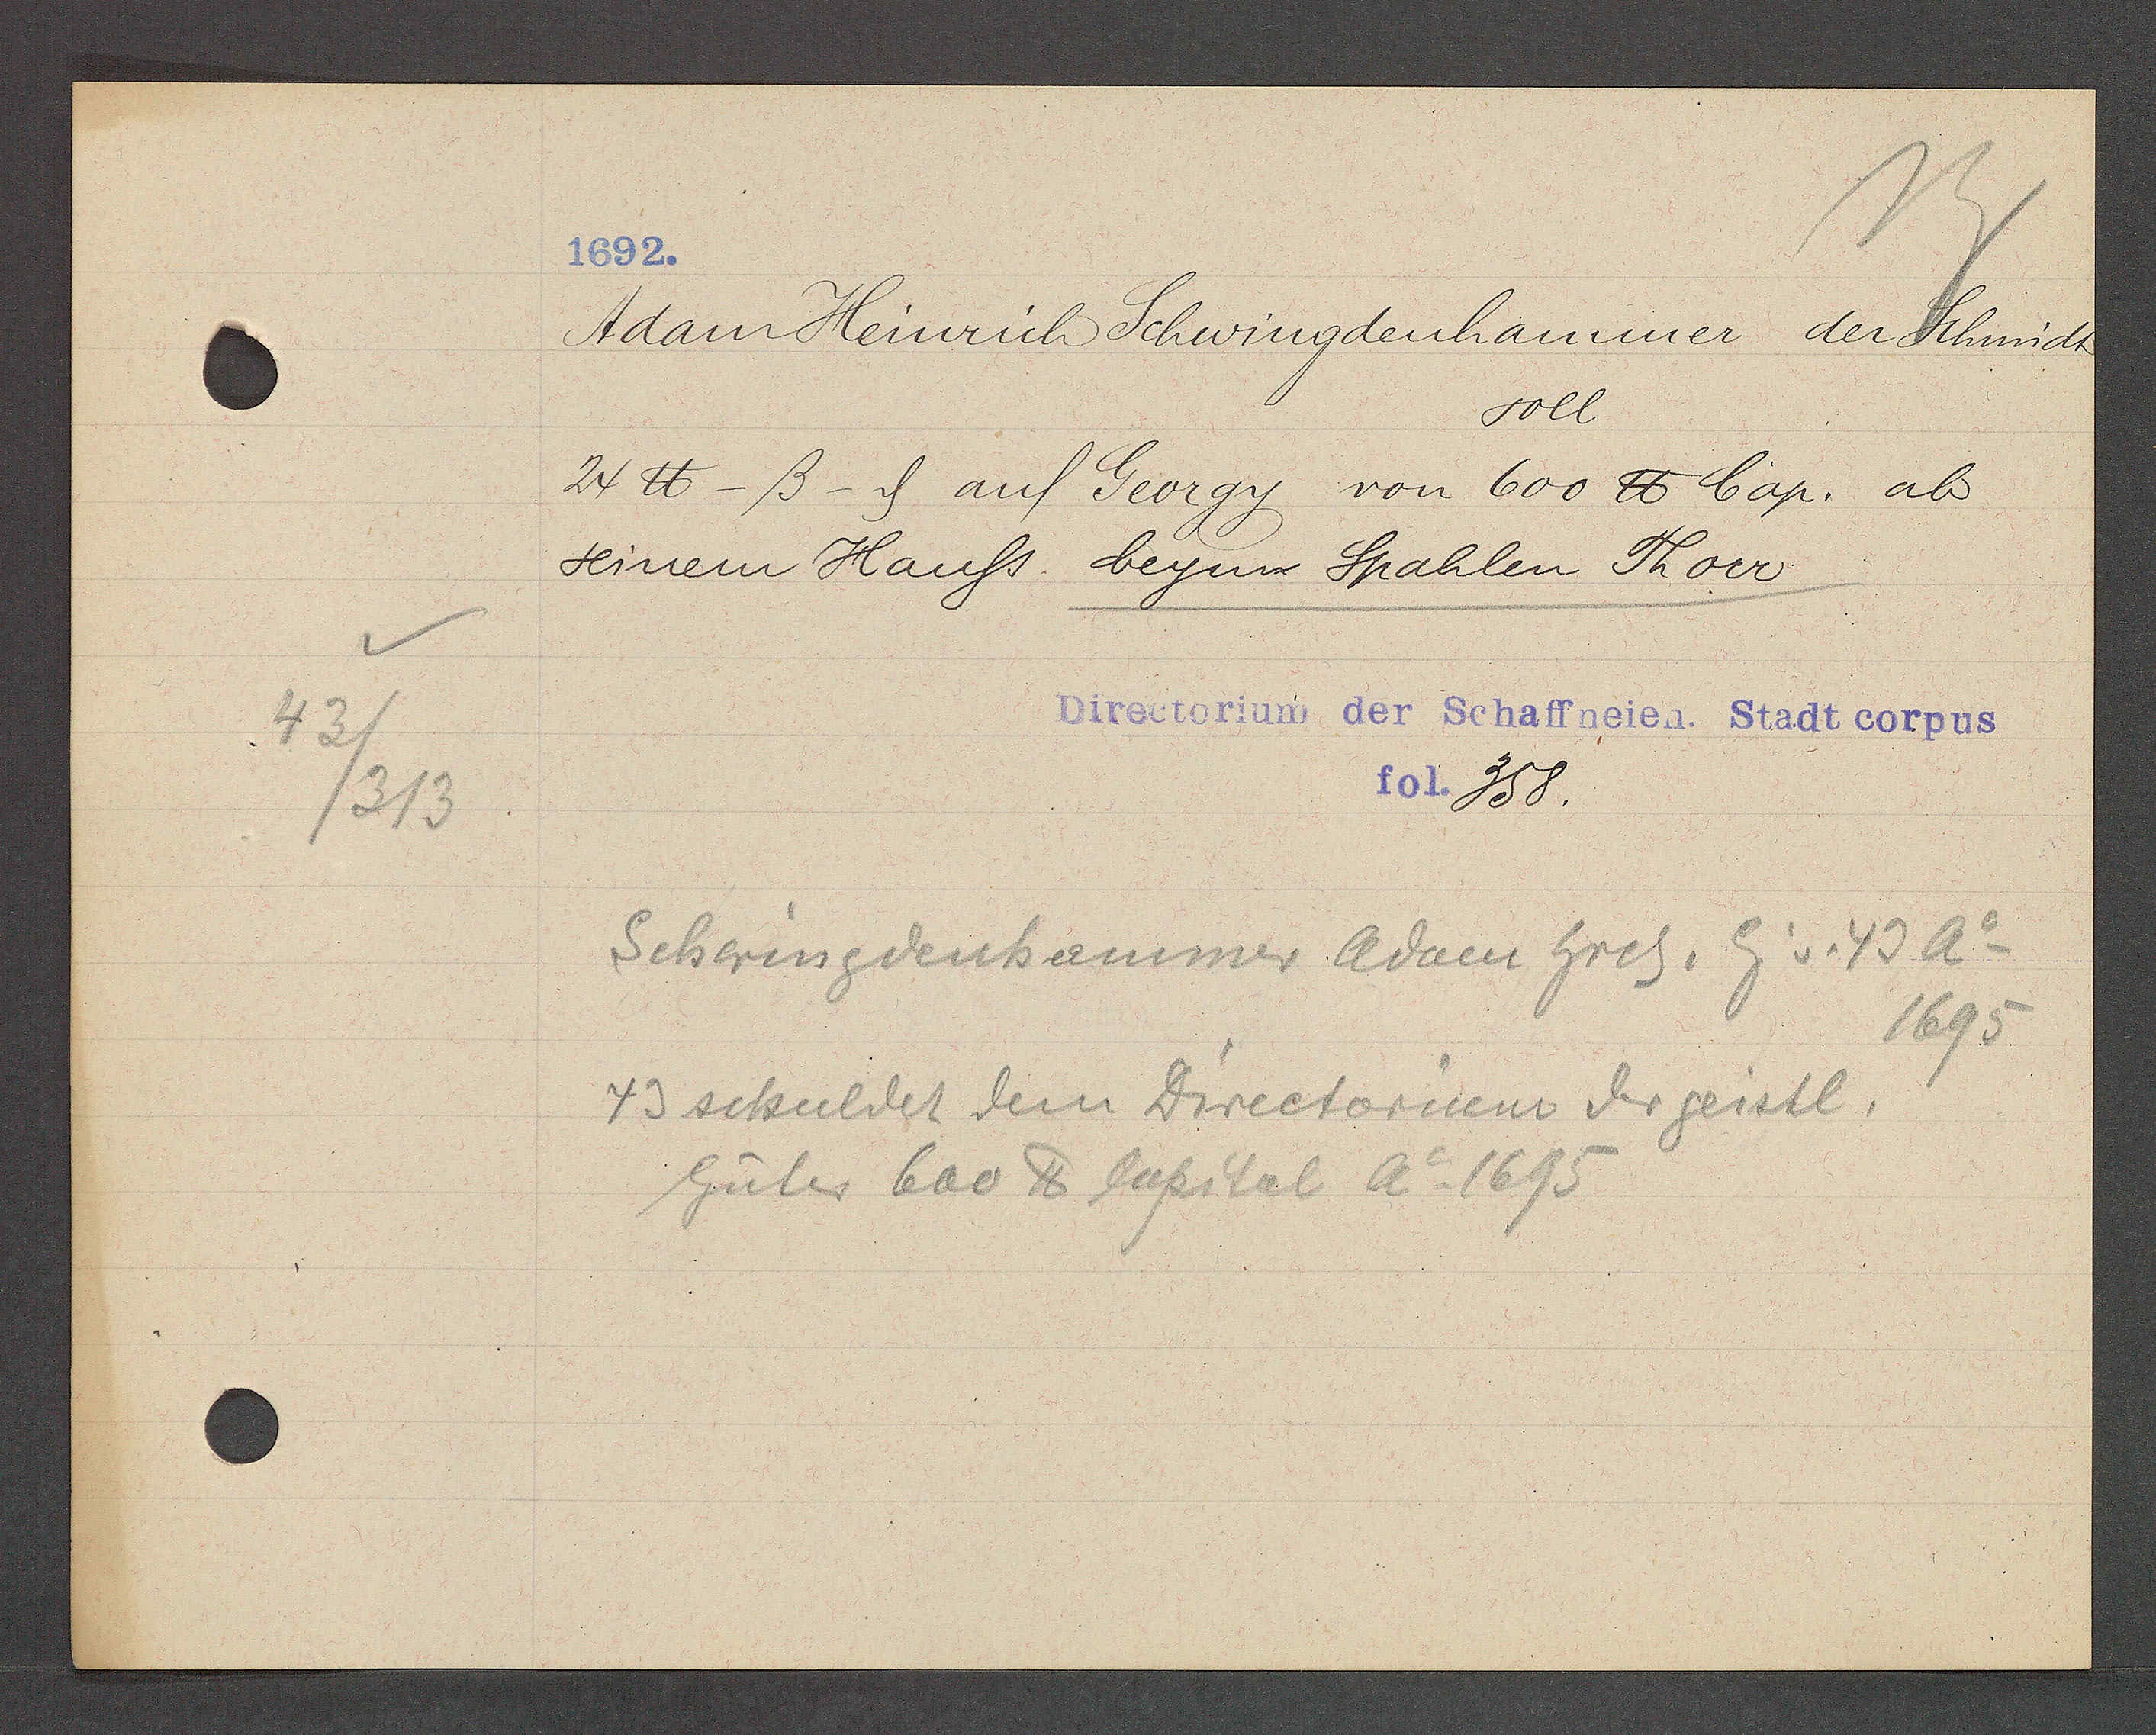
Transcript:
43/
/313

1692.

Adam Heinrich Schwingdenhammer der Schmidt
soll
24 ℔ -ß- ȡ auf Georgy von 600 ℔ Cap. ab
seinem Hauss beynn Spahlen Thorr

Directorium der Schaffneien. Stadt corpus
fol. 358.

Schwingdenhammer Adam hrch. Eig v. 49 Ao
1695
49 schuldet dem Directorum der geistl.
Güter bar ℔ Capital Ao 1695